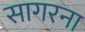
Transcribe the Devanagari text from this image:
सागरना